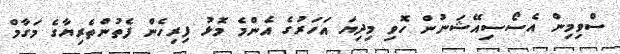
ސްވިމިން އެސޯސިއޭޝަނުން ހޮވި މިދިޔަ އަހަރުގެ އެންމެ މޮޅު ފިރިހެން ފެތުންތެރިޔާގެ މަގާމް